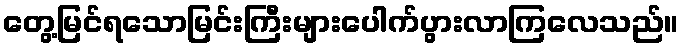
တွေ့မြင်ရသောမြင်းကြီးများပေါက်ပွားလာကြလေသည်။